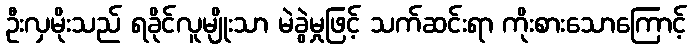
ဦးလှမိုးသည် ရခိုင်လူမျိုးသာ မဲခွဲမှုဖြင့် သက်ဆင်းရာ ကိုးစားသောကြောင့်